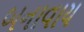
બનાવાય